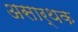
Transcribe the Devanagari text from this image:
असार्थक